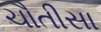
ચૌતીસા